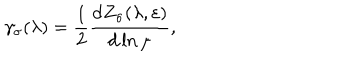
\gamma _ { \sigma } ( \lambda ) = \frac { 1 } { 2 } \frac { \mathrm { d } Z _ { \sigma } ( \lambda , \varepsilon ) } { \mathrm { d } \ln \mu } ,